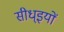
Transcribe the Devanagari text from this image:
सीध्इयों